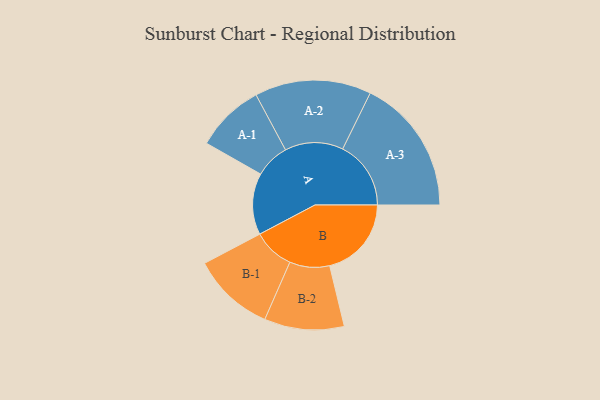
{"axis": {"x": "Segment", "y": "Value"}, "legend": ["", "A", "B"], "data": [{"x": "A", "y": 191, "type": ""}, {"x": "B", "y": 254, "type": ""}, {"x": "A-1", "y": 107, "type": "A"}, {"x": "A-2", "y": 181, "type": "A"}, {"x": "A-3", "y": 212, "type": "A"}, {"x": "B-1", "y": 128, "type": "B"}, {"x": "B-2", "y": 124, "type": "B"}]}